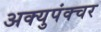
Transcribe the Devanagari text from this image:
अक्युपंक्चर